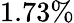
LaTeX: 1.73\%